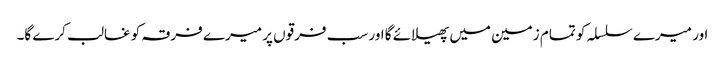
اور میرے سلسلہ کو تمام زمین میں پھیلائے گا اور سب فرقوں پر میرے فرقہ کو غالب کرے گا۔